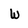
Character: w